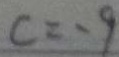
c = - 9